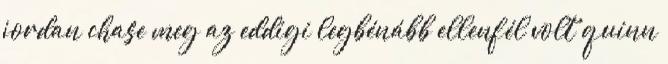
jordan chase meg az eddigi legbénább ellenfél volt quinn